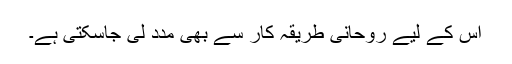
اس کے لیے روحانی طریقہ کار سے بھی مدد لی جاسکتی ہے۔